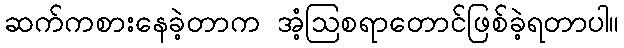
ဆက်ကစားနေခဲ့တာက အံ့ဩစရာတောင်ဖြစ်ခဲ့ရတာပါ။